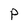
Character: P